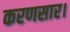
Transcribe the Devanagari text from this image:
करणसार।